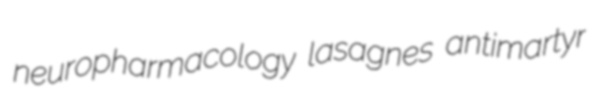
neuropharmacology lasagnes antimartyr